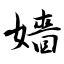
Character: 嬙